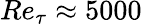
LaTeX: Re_{\tau}\approx 5000